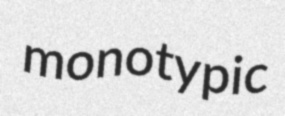
monotypic